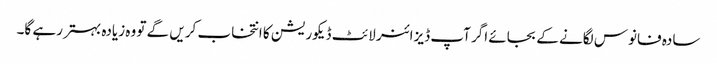
سادہ فانوس لگانے کے بجائے اگر آپ ڈیزائنر لائٹ ڈیکوریشن کا انتخاب کریں گے تو وہ زیادہ بہتر رہے گا۔